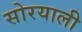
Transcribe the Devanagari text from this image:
सोरयाली